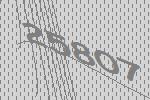
25807